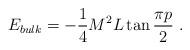
LaTeX: \begin{align*}E_{bulk}=-\displaystyle\frac{1}{4}M^{2}L\tan \displaystyle\frac{\pi p}{2}\, \, .\end{align*}